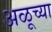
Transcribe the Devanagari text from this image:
अळूच्या